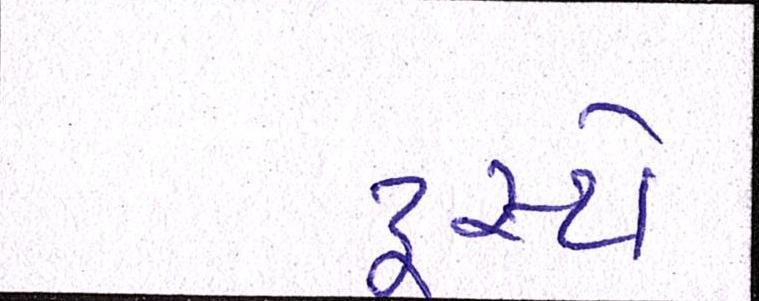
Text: ટ્રસ્ટો